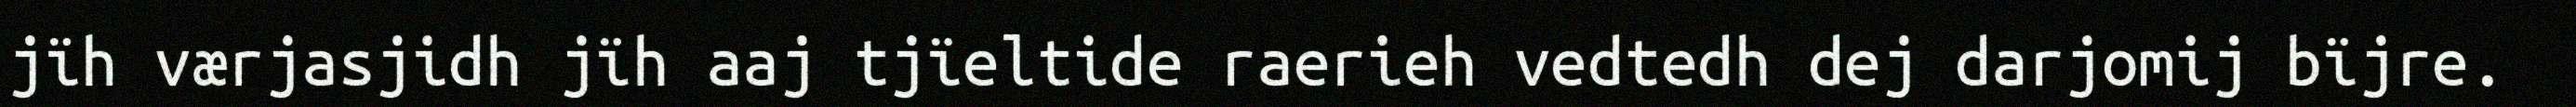
jïh værjasjidh jïh aaj tjïeltide raerieh vedtedh dej darjomij bïjre.